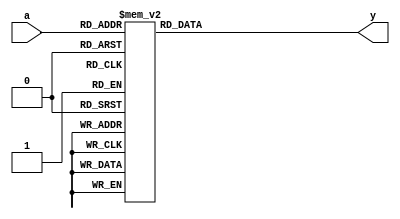
`timescale 1ns / 1ps

module sbox(
    a,
    y
);

input [0:3] a; // 4-bit input
output [0:3] y; // 4-bit output
reg [0:3] y; // 4-bit output

// Lookup table
always @(*)
    case(a)
        4'h0: y = 4'hC;
        4'h1: y = 4'h5;
        4'h2: y = 4'h6;
        4'h3: y = 4'hB;
        4'h4: y = 4'h9;
        4'h5: y = 4'h0;
        4'h6: y = 4'hA;
        4'h7: y = 4'hD;
        4'h8: y = 4'h3;
        4'h9: y = 4'hE;
        4'hA: y = 4'hF;
        4'hB: y = 4'h8;
        4'hC: y = 4'h4;
        4'hD: y = 4'h7;
        4'hE: y = 4'h1;
        4'hF: y = 4'h2;
    endcase

endmodule